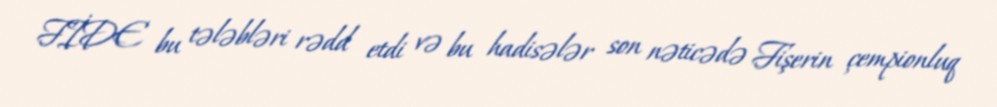
FİDE bu tələbləri rədd etdi və bu hadisələr son nəticədə Fişerin çempionluq